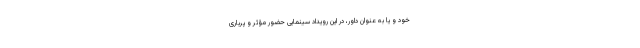
خود و یا به عنوان داور، در این رویداد سینمایی حضور مؤثر و پرباری